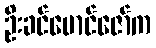
ဦးခင်မောင်ဇော်က